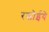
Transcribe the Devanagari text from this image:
रसोईये